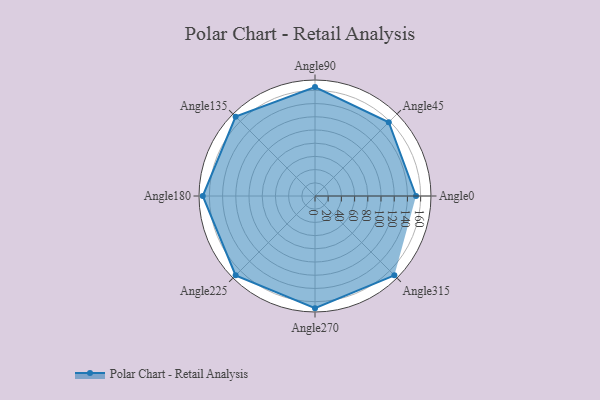
{"axis": {"x": "Angle", "y": "Radius"}, "legend": [""], "data": [{"x": "Angle0", "y": 153.0, "type": ""}, {"x": "Angle45", "y": 158.0, "type": ""}, {"x": "Angle90", "y": 165.0, "type": ""}, {"x": "Angle135", "y": 170, "type": ""}, {"x": "Angle180", "y": 170, "type": ""}, {"x": "Angle225", "y": 170, "type": ""}, {"x": "Angle270", "y": 170, "type": ""}, {"x": "Angle315", "y": 170, "type": ""}]}